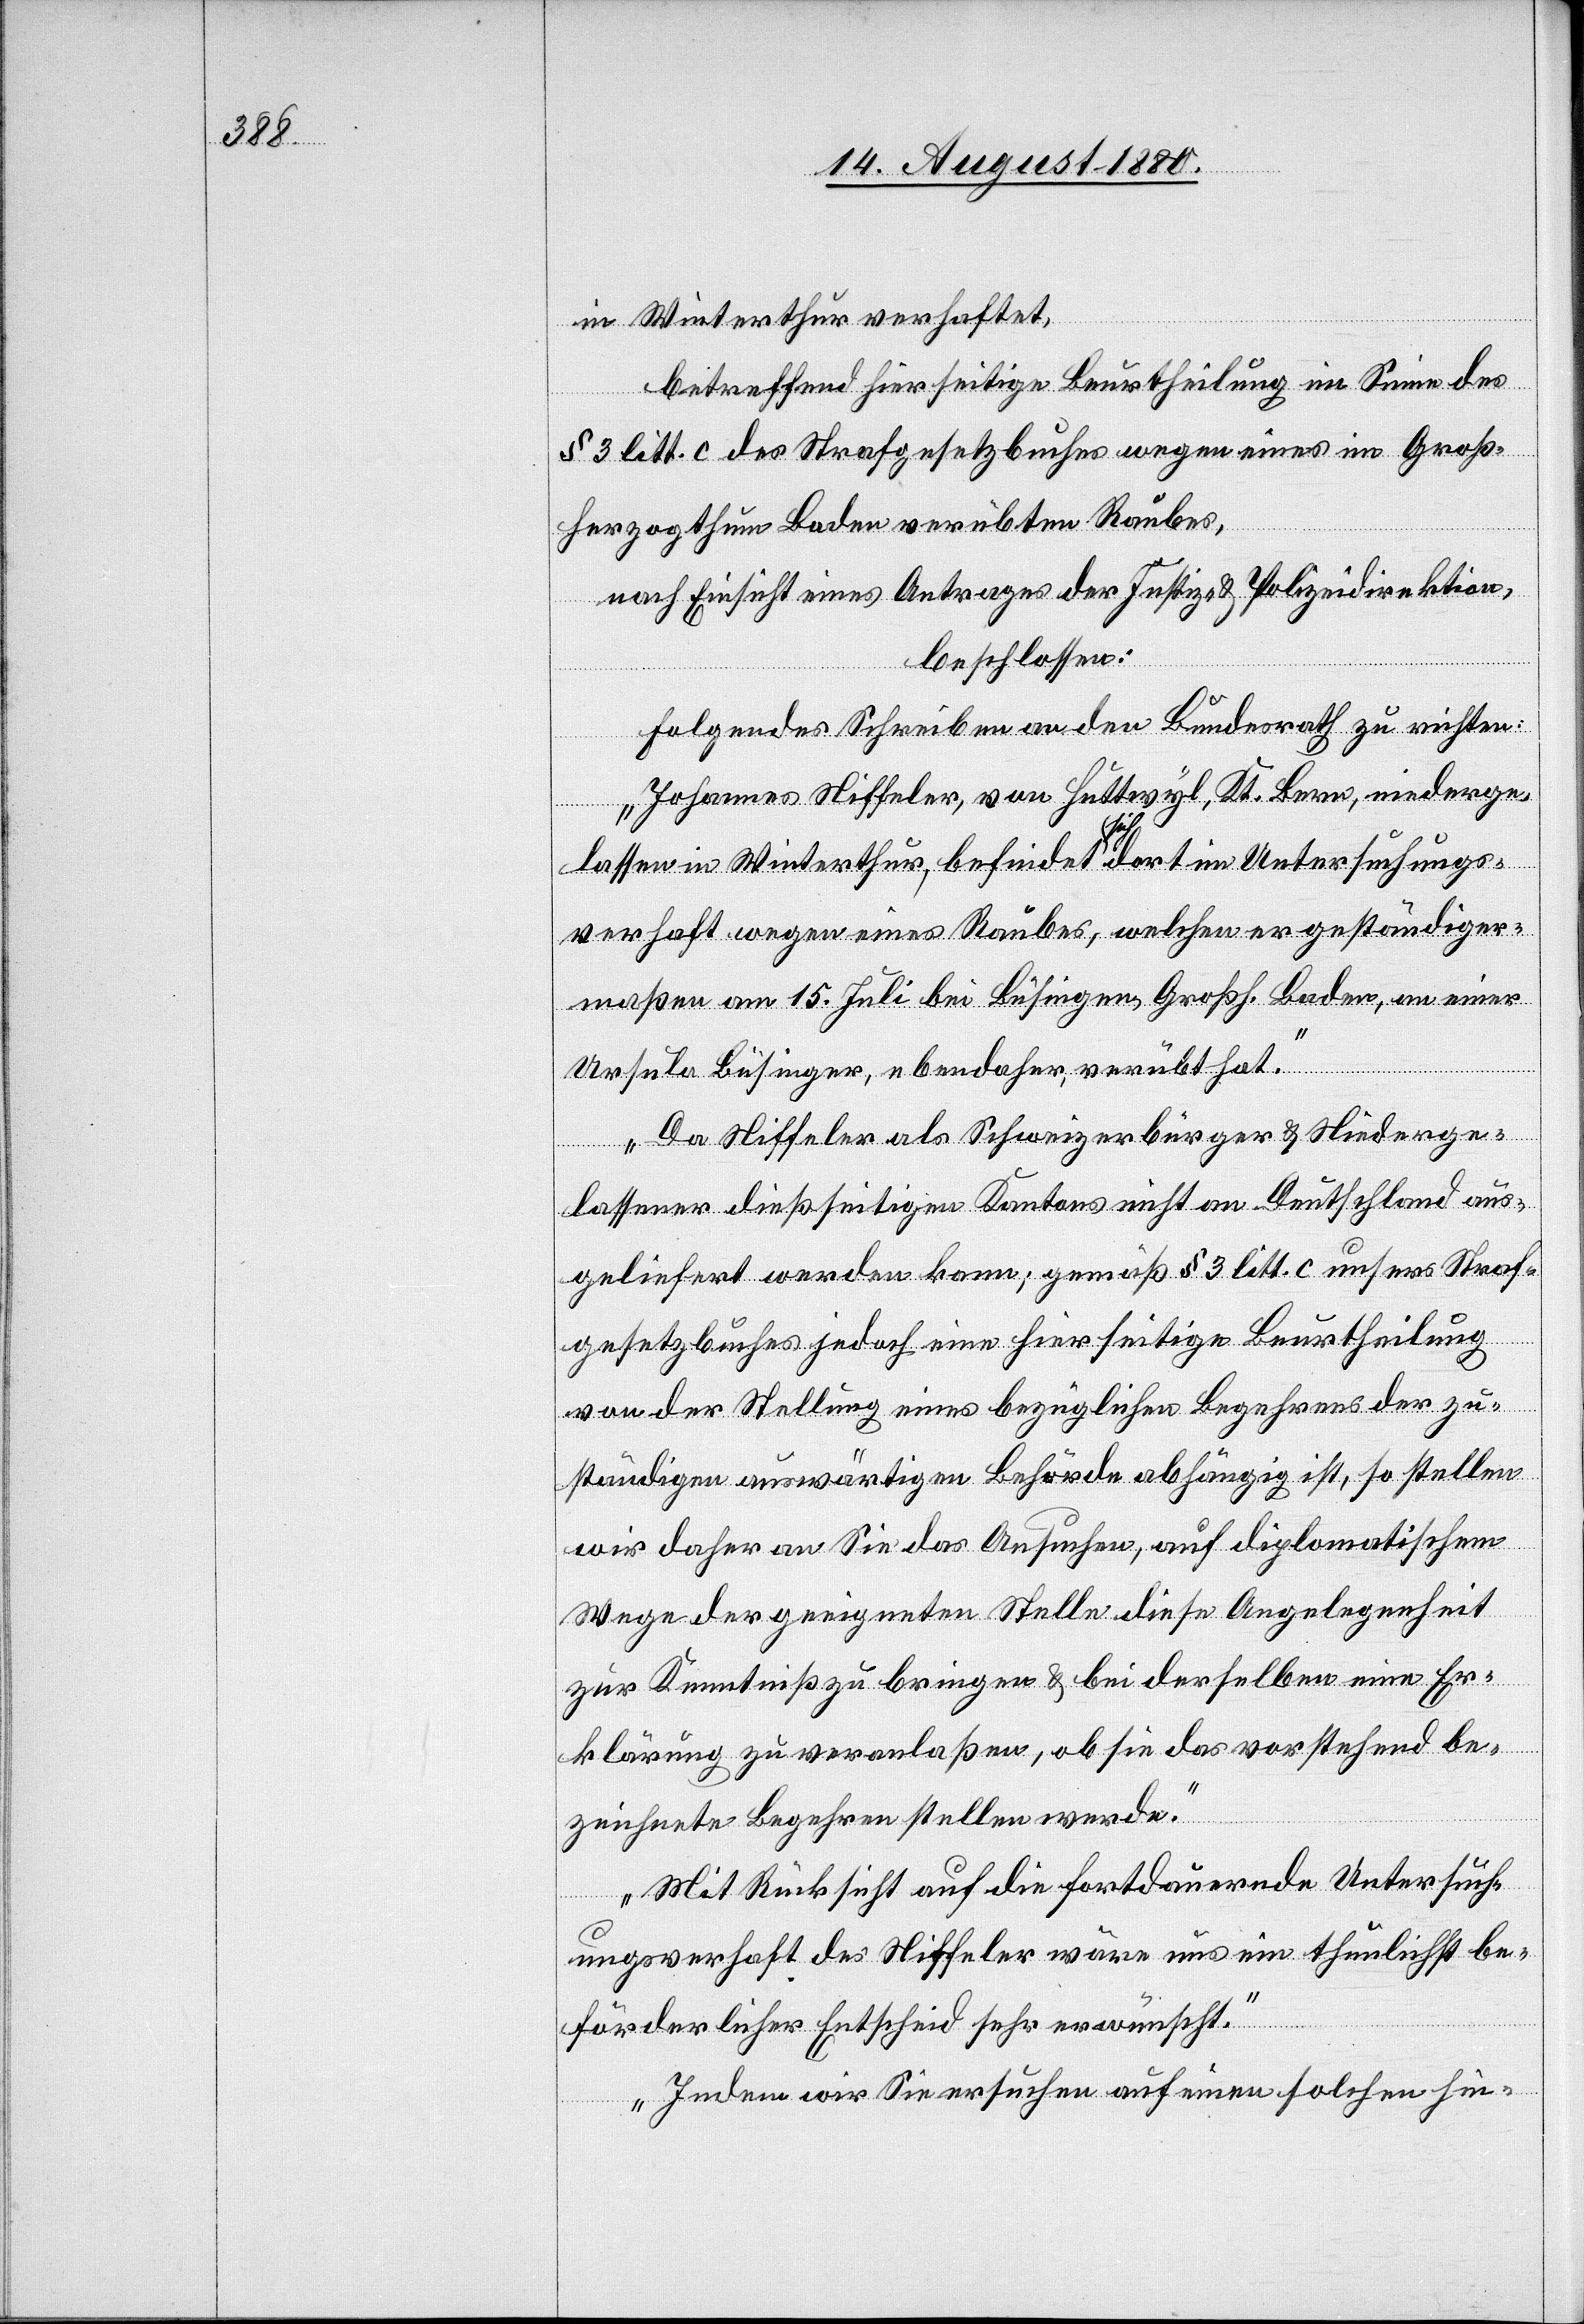
betreffend hierseitige Beurtheilung im Sinne des
§ 3 litt. c des Strafgesetzbuches wegen eines im Groß¬
herzogthum Baden verübten Raubes,
nach Einsicht eines Antrages der Justiz- & Polizeidirektion,
beschlossen:
folgendes Schreiben an den Bundesrath zu richten:
„Johannes Niffeler, von Huttwyl, Kt. Bern, niederge¬
lassen in Winterthur, befindet sich dort im Untersuchungs¬
verhaft wegen eines Raubes, welchen er geständiger¬
maßen am 15. Juli bei Büsingen, Großh. Baden, an einer
Ursula Büsinger, eben daher, verübt hat.
Da Niffeler als Schweizerbürger & Niederge¬
lassener dießseitigen Kantons nicht an Deutschland aus¬
geliefert werden kann; gemäß § 3 litt. c unsers Straf¬
gesetzbuches jedoch eine hierseitige Beurtheilung
von der Stellung eines bezüglichen Begehrens der zu¬
ständigen auswärtigen Behörde abhängig ist, so stellen
wir daher an Sie das Ansuchen, auf diplomatischem
Wege der geeigneten Stelle diese Angelegenheit
zur Kenntniß zu bringen & bei derselben eine Er¬
klärung zu veranlaßen, ob sie das vorstehend be¬
zeichnete Begehren stellen werde.
Mit Rücksicht auf die fortdauernde Untersuch¬
ungsverhaft des Niffeler wäre uns ein thunlichst be¬
förderlicher Entscheid sehr erwünscht.
Indem wir Sie ersuchen auf einen solchen hin-

in